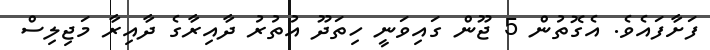
ފަށާފައެވެ. އެގޮތުން 5 ޖޫން ގައިވަނީ ހިތަދޫ އުތުރު ދާއިރާގެ ދާއިރާ މަޖިލިސް